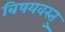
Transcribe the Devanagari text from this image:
बिषयवस्तु